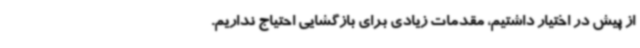
از پیش در اختیار داشتیم، مقدمات زیادی برای بازگشایی احتیاج نداریم.